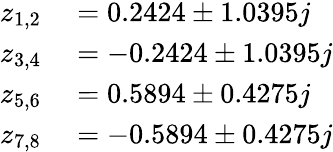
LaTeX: \begin{array}{rl}{z_{1,2}}&{{}=0.2424\pm 1.0395j}\\ {z_{3,4}}&{{}=-0.2424\pm 1.0395j}\\ {z_{5,6}}&{{}=0.5894\pm 0.4275j}\\ {z_{7,8}}&{{}=-0.5894\pm 0.4275j}\end{array}